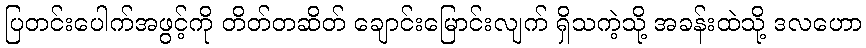
ပြတင်းပေါက်အဖွင့်ကို တိတ်တဆိတ် ချောင်းမြောင်းလျက် ရှိသကဲ့သို့ အခန်းထဲသို့ ဒလဟော